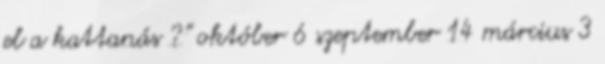
el a kattanás ?" október 6 szeptember 14 március 3